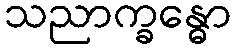
သညာက္ခန္ဓော